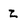
Character: z